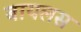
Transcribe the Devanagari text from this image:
बायलस